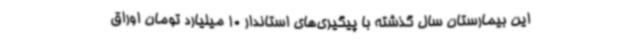
این بیمارستان سال گذشته با پیگیری‌های استاندار 10 میلیارد تومان اوراق